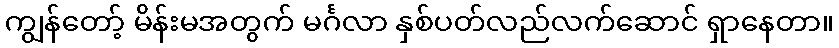
ကျွန်တော့် မိန်းမအတွက် မင်္ဂလာ နှစ်ပတ်လည်လက်ဆောင် ရှာနေတာ။